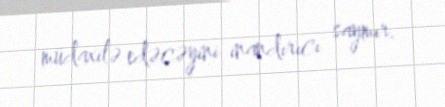
müdaxilə edəcəyini inandırıcı saymır.